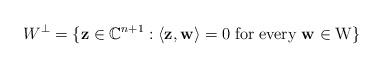
LaTeX: \begin{align*} W^{\bot}=\{\mathbf{z} \in \mathbb{C}^{n+1} : \langle\mathbf{z},\mathbf{w}\rangle=0 \; \mathrm{for \; every \;\mathbf{w} \in W } \}\end{align*}